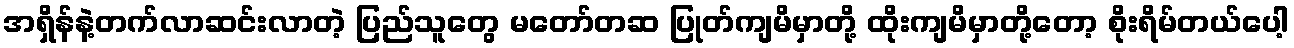
အရှိန်နဲ့တက်လာဆင်းလာတဲ့ ပြည်သူတွေ မတော်တဆ ပြုတ်ကျမိမှာတို့ ထိုးကျမိမှာတို့တော့ စိုးရိမ်တယ်ပေါ့